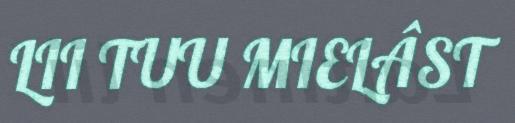
LII TUU MIELÂST